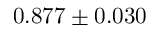
0 . 8 7 7 \pm 0 . 0 3 0